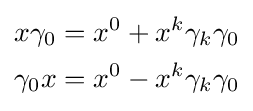
{\begin{aligned}x\gamma _{0}&=x^{0}+x^{k}\gamma _{k}\gamma _{0}\\\gamma _{0}x&=x^{0}-x^{k}\gamma _{k}\gamma _{0}\end{aligned}}